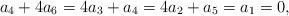
LaTeX: \begin{align*} a_4+4 a_6=4 a_3+a_4=4 a_2+a_5=a_1=0, \end{align*}